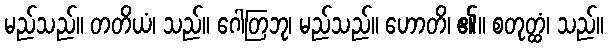
မည်သည်။ တတိယံ၊ သည်။ ဂေါတြဘု၊ မည်သည်။ ဟောတိ၊ ၏။ စတုတ္ထံ၊ သည်။